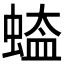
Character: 𮔡